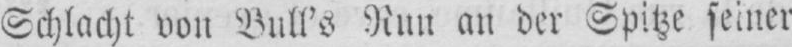
Schlacht von Bull’s Run an der Spitze seiner